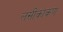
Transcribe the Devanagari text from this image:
लसीकाकण